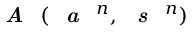
\textbf { \textit { A } } ( \textbf { \textit { a } } ^ { n } , \textbf { \textit { s } } ^ { n } )